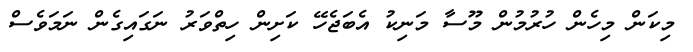
މިކަން މިހެން ހުރުމުން މޫސާ މަނިކު އެބަޖެހޭ ކަށިން ހިތްވަރު ނަގައިގެން ނަމަވެސް